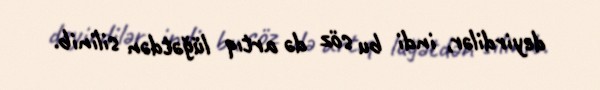
deyirdilər, indi bu söz də artıq lüğətdən silinib.